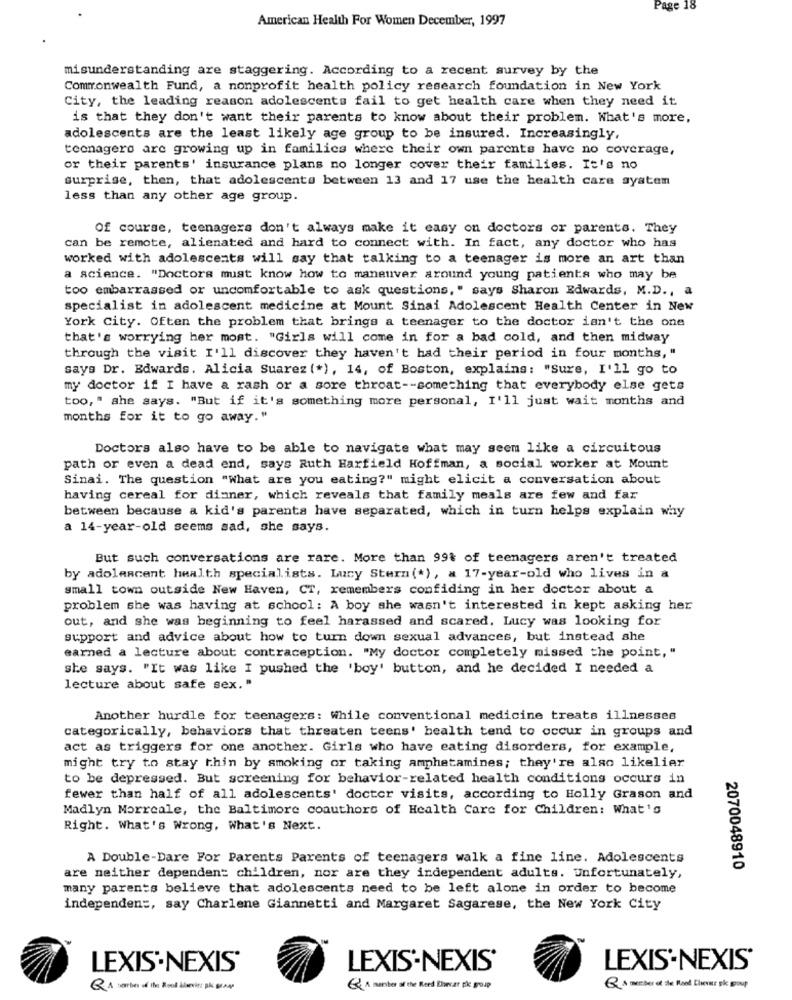
Page 18
American Health For Women December, 1997
misunderstanding are staggering. According to a recent survey by the
Commonwealth Fund, a nonprofit health policy research foundation in New York
City, the leading reason adolescents fail to get health care when they need it
is that they don't want their parents to know about their problem. What's more,
adolescents are the least likely age group to be insured. Increasingly,
teenagere are growing up in families where their own parents have no coverage,
or their parents' insurance plans no longer cover their families. It's no
surprise, then, that adolescents between 13 and 17 use the health care system
less than any other age group.
Of course, teenagers don't always make it easy on doctors or parents. They
can be remote, alienated and hard to connect with. In fact, any doctor who has
worked with adolescents will say that talking to a teenager is more an art than
a science. "Doctors must know how to maneuver around young patients who may be
too embarrassed or uncomfortable to ask questions," says Sharon Edwards, M.D ., a
specialist in adolescent medicine at Mount Sinai Adolescent Health Center in New
York City. Often the problem that brings a teenager to the doctor isn't the one
that's worrying her most. "Girls will come in for a bad cold, and then midway
through the visit I'll discover they haven't had their period in four months, "
says Dr. Edwards. Alicia Suarez (*), 14, of Boston, explains: "Sure, I'll go to
my doctor if I have a rash or a sore throat -- something that everybody else gets
too, " she says. "But if it's something more personal, I'll just wait months and
months for it to go away."
Doctors also have to be able to navigate what may seem like a circuitous
path or even a dead end, says Ruth Harfield Hoffman, a social worker at Mount
Sinai. The question "What are you eating?" might elicit a conversation about
having cereal for dinner, which reveals that family meals are few and far
between because a kid's parents have separated, which in turn helps explain why
a 14-year-old seems sad, she says.
But such conversations are rare. More than 99% of teenagers aren't treated
by adolescent health specialists. Lucy Stern (*), a 17-year-old who lives in a
small town outside New Haven, CT, remembers confiding in her doctor about a
problem she was having at school: A boy she wasn't interested in kept asking her
out, and she was beginning to feel harassed and scared. Lucy was looking for
support and advice about how to turn down sexual advances, but instead she
earned a lecture about contraception. "My doctor completely missed the point, "
she says. "It was like I pushed the 'boy' button, and he decided I needed a
lecture about safe sex. "
Another hurdle for teenagers: While conventional medicine treats illnesses
categorically, behaviors that threaten teens' health tend to occur in groups and
act as triggers for one another. Girls who have eating disorders, for example,
might try to stay thin by smoking or taking amphetamines; they're also likelier
to be depressed. But screening for behavior-related health conditions occurs in
fewer than half of all adolescents' doctor visits, according to Holly Grason and
Madlyn Morreale, the Baltimore coauthors of Health Care for Children: What's
Right. What's Wrong, What's Next.
A Double-Dare For Parents Parents of teenagers walk a fine line. Adolescents
2070048910
are neither dependent children, nor are they independent adults. Unfortunately,
many parents believe that adolescents need to be left alone in order to become
independen :, say Charlene Giannetti and Margaret Sagarese, the New York City
LEXIS -NEXIS'
LEXIS-NEXIS®
LEXIS'.NEXIS'
Q A tember of the Fool ålsevin: pk graus
Q A member of the Road Elcar ple group
Q A member of the Rood Elever pk group